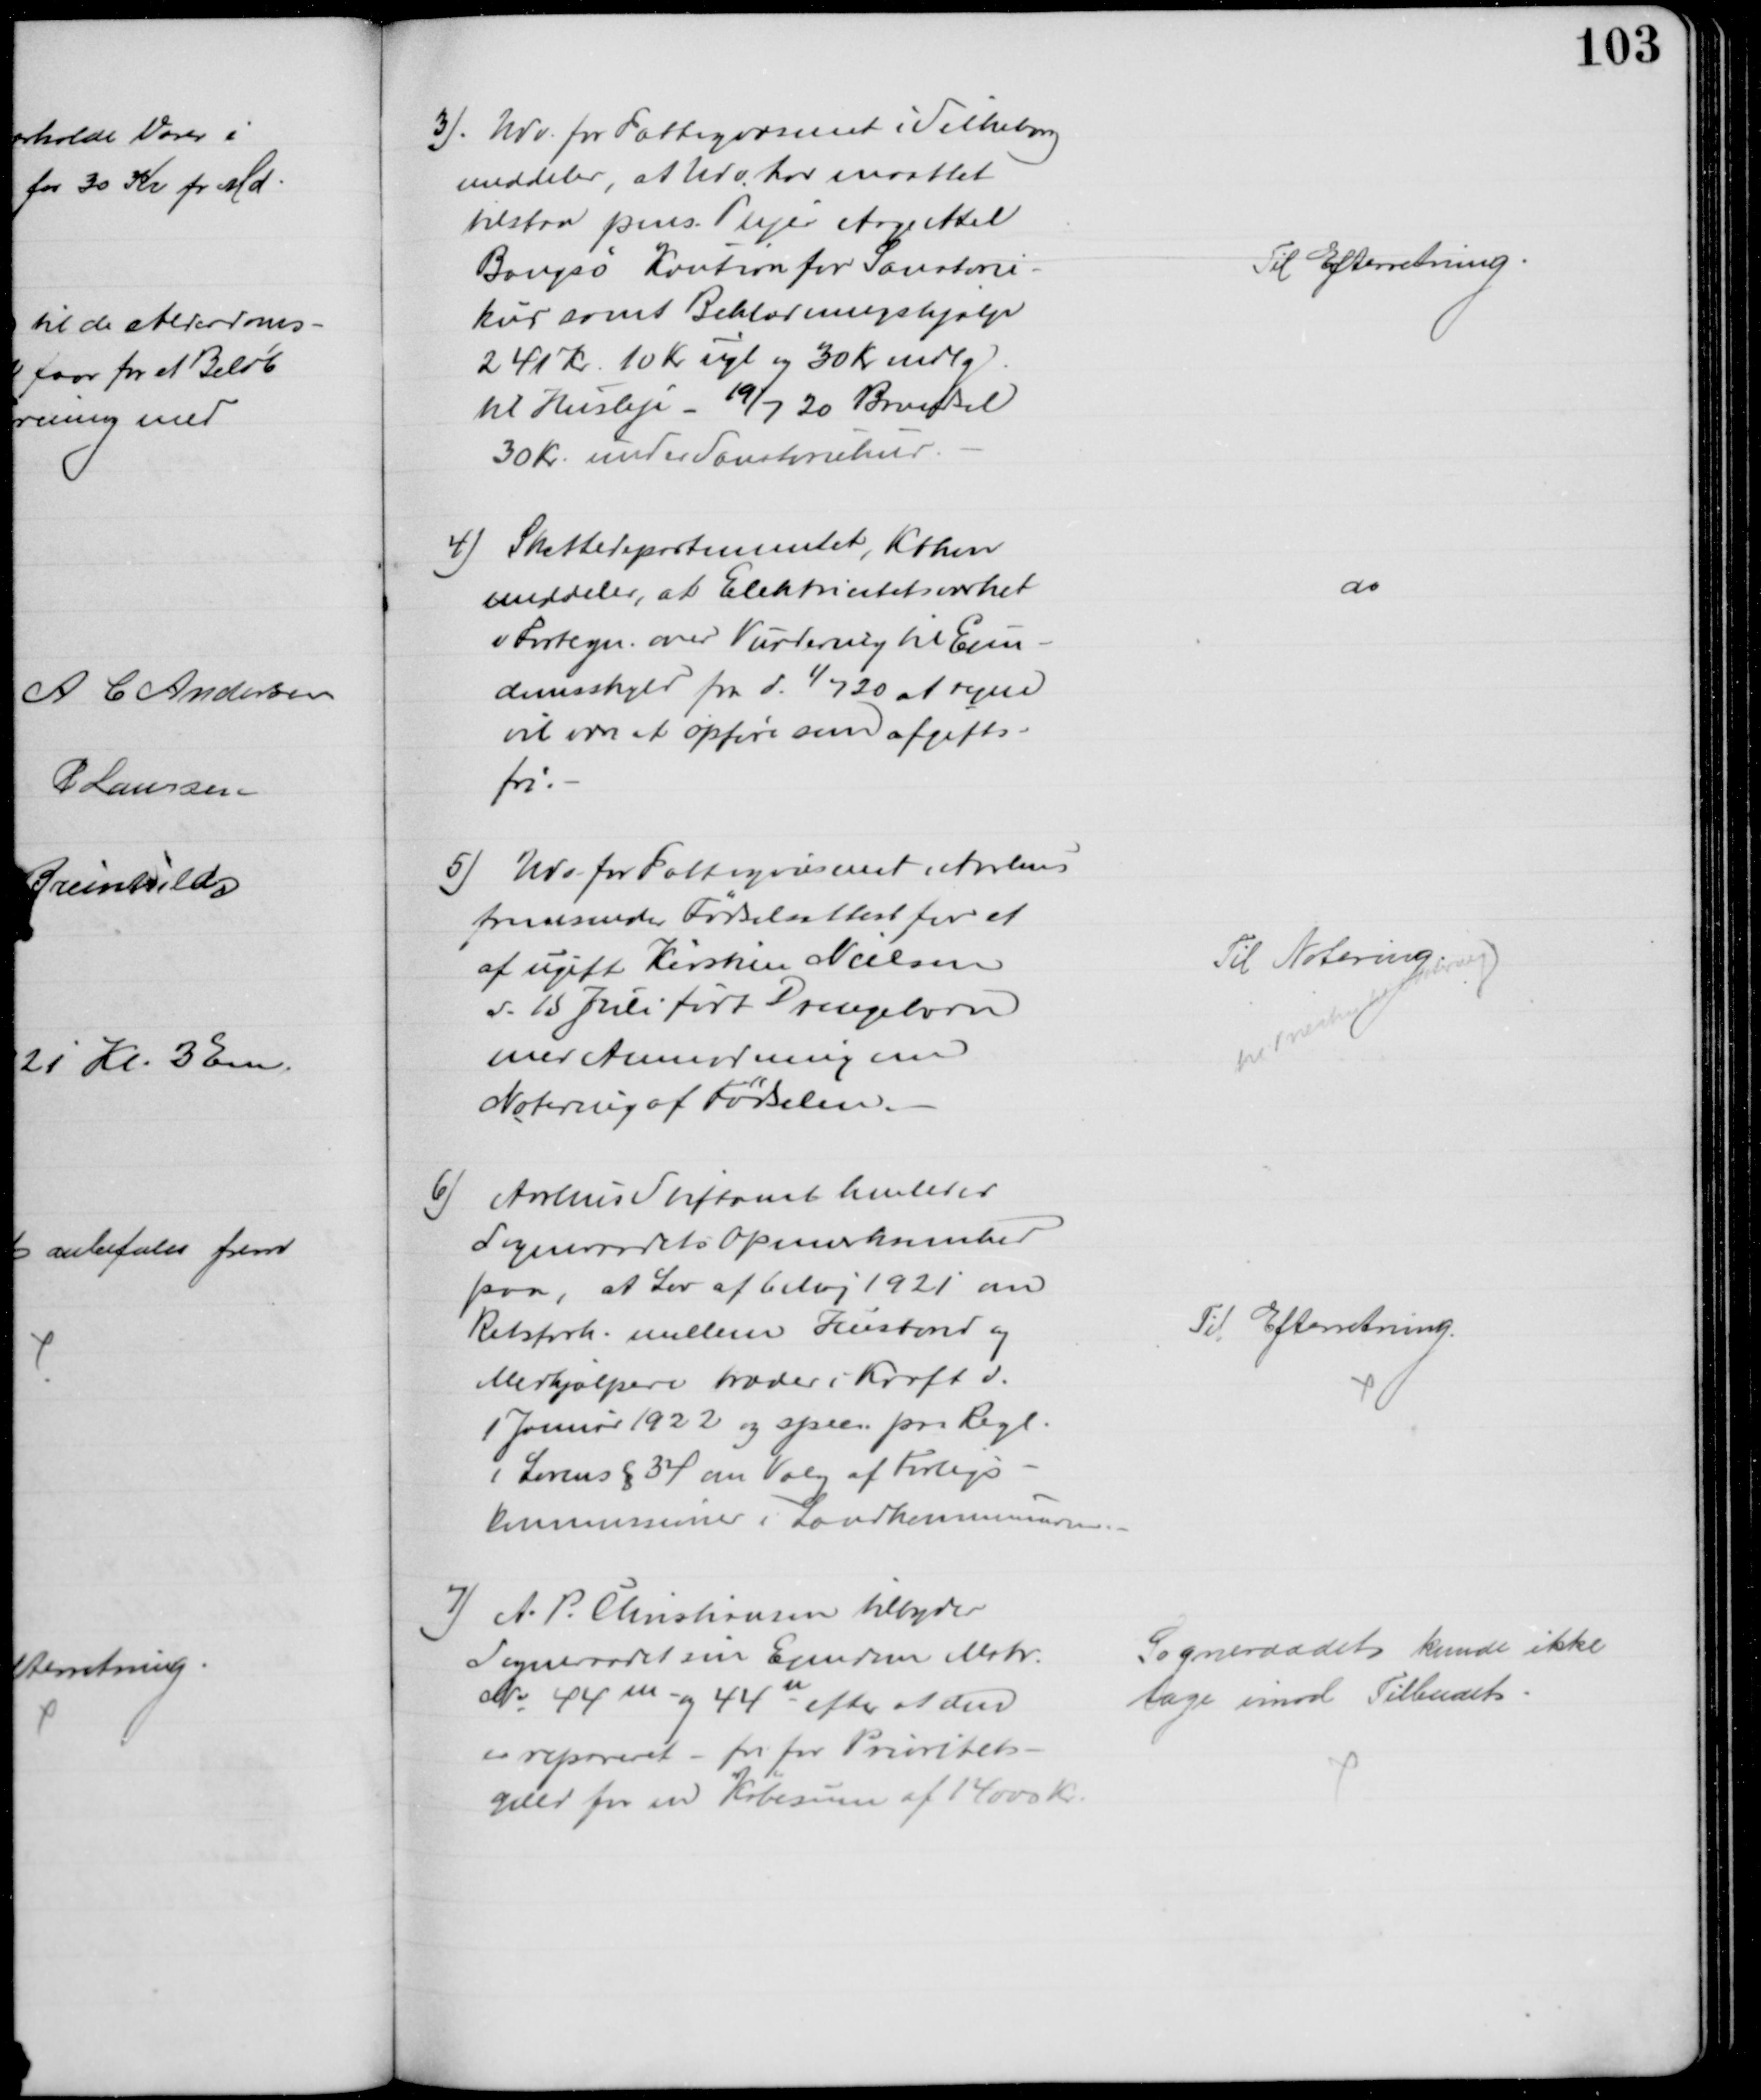
Transskription:
3). Udv. for Fattigvæsenet i Silkeborg
meddeler at Udv. har maattet
tilstaa pens. Plejer Aage Axel
Bangsø Kaution for Sanatorie-
kur samt Beklædningshjælp
241 Kr. 10 Kr ugl og 30 Kr mdlg
til Husleje - 19/7 30 Brændsel
30 Kr. under Sanatoriekur.
Til Efterretning
4) Skattedepartementet, Kbhvn
meddeler, at Elektricitetsværket
i Fortegn. over Vurdering til Ejen-
domsskyld fra d. 1/7 20 at regne
vil være at opføre som afgifts-
fri.
do
5) Udv for Fattigvæsenet i Aarhus
fremsender Fødselsattest for et 
af ugift Kirstine Nielsen
d. 15 Juli født Drengebarn
med Anmodning om
Notering af Fødselen.
Til Notering
til Præsten til Notering
6) Aarhus Stiftamt henleder
Sogneraadets Opmærksomhed
paa, at Lov af 6 Maj 1921 om
Retsforh. mellem Husbond og
Medhjælpere træder i Kraft d.
1 Januar 1922 og opm. paa Regl.
i Lovens § 34 om Valg af Forligs-
kommissioner i Landkommunerne.
Til Efterretning.
7) A. P. Christiansen tilbyder
Sogneraadet sin Ejendom Matr.
№ 44m og 44n efter at den
er repareret - fri for Prioritets-
gæld for en Købesum af 14000 Kr.
Sogneraadet kunde ikke
tage imod Tilbudet.